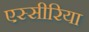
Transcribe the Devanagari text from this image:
एस्सीरिया